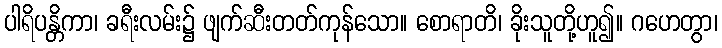
ပါရိပန္တိကာ၊ ခရီးလမ်း၌ ဖျက်ဆီးတတ်ကုန်သော။ စောရာတိ၊ ခိုးသူတို့ဟူ၍။ ဂဟေတွာ၊